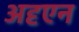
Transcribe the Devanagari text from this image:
अदृएन